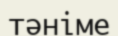
тәніме